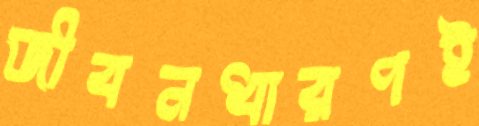
জীবনধারণই